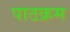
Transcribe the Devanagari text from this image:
पाठक्रम